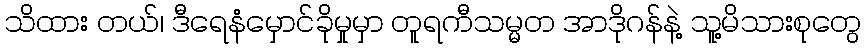
သိထား တယ်၊ ဒီရေနံမှောင်ခိုမှုမှာ တူရကီသမ္မတ အာဒိုဂန်နဲ့ သူ့မိသားစုတွေ